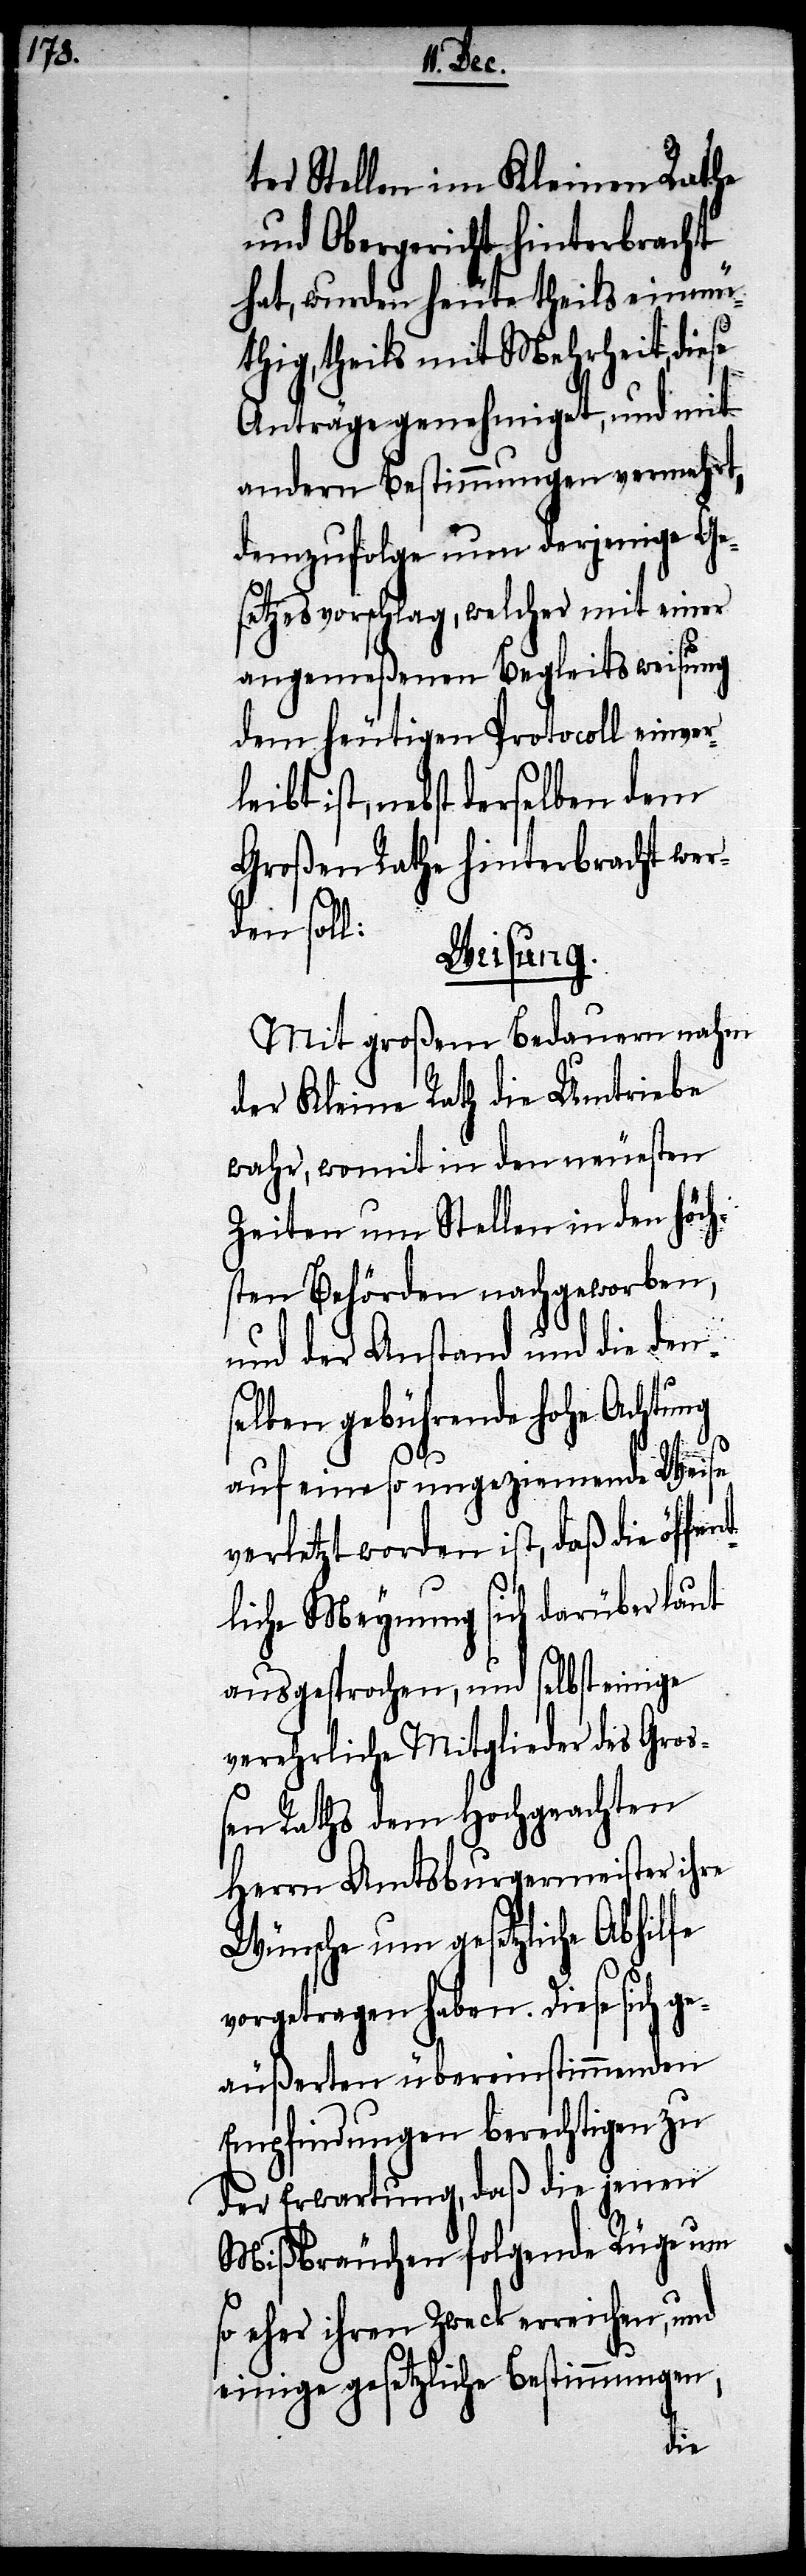
ter Stellen im Kleinen Rathe
und Obergericht hinterbracht
hat, wurden heute theils einmü¬
thig, theils mit Mehrheit, diese
Anträge genehmiget, und mit
andern Bestimmungen vermehrt,
demzufolge nun derjenige Ge¬
setzesvorschlag, welcher mit einer
angemeßenen Begleitsweisung
dem heutigen Protocoll einver¬
leibt ist, nebst derselben dem
Großen Rathe hinterbracht wer¬
den soll:
Weisung.
Mit großen Bedauern nahm
der Kleine Rath die Umtriebe
wahr, womit in den neuesten
Zeiten um Stellen in den Höch¬
sten Behörden nachgeworben,
und der Anstand und die den¬
selben gebührende hohe Achtung
nt¬
auf eine so umgeziemende Weise
verletzt worden ist, daß die öffe¬
liche Meynung sich darüber laut
ausgesprochen, und selbst einige
verehrliche Mitglieder des Groß¬
en Raths dem Hochgeachten
Herrn Amtsburgermeister ihre
Wünsche um gesetzliche Abhilfe
vorgetragen haben. Diese sich g¬
eäußerten übereinstimmenden
Empfindungen berechtigen zu
der Erwartung, daß die jenen
Mißbräuchen folgende Rüge um
so eher ihren Zweck erreichen, und
einige gesetzliche Bestimmungen,